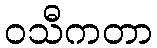
ဝသီကတာ